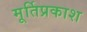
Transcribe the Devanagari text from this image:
मूर्तिप्रकाश